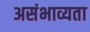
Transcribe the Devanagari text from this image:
असंभाव्यता